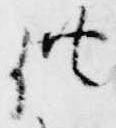
供